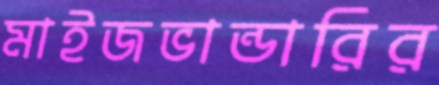
মাইজভান্ডারির